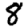
Digit: 8